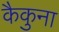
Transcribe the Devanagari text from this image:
कैकुना